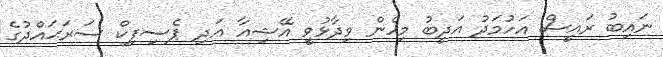
ނައިބު ރައީސް އަހުމަދު އަދީބު މިހެން ވިދާޅުވީ އޭޝިއާ އަދި ޕެސިފިކް ސަރަޙައްދުގެ